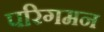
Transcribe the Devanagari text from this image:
परिगमन